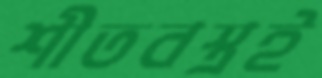
শীতবস্ত্রই